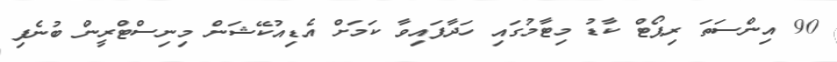
90 އިންސަތަ ރިޕޯޓް ކާޑު މިޓާމުގައި ހަދާފައިވާ ކަމަށް އެޑިއުކޭޝަން މިނިސްޓްރީން ބުނެފި